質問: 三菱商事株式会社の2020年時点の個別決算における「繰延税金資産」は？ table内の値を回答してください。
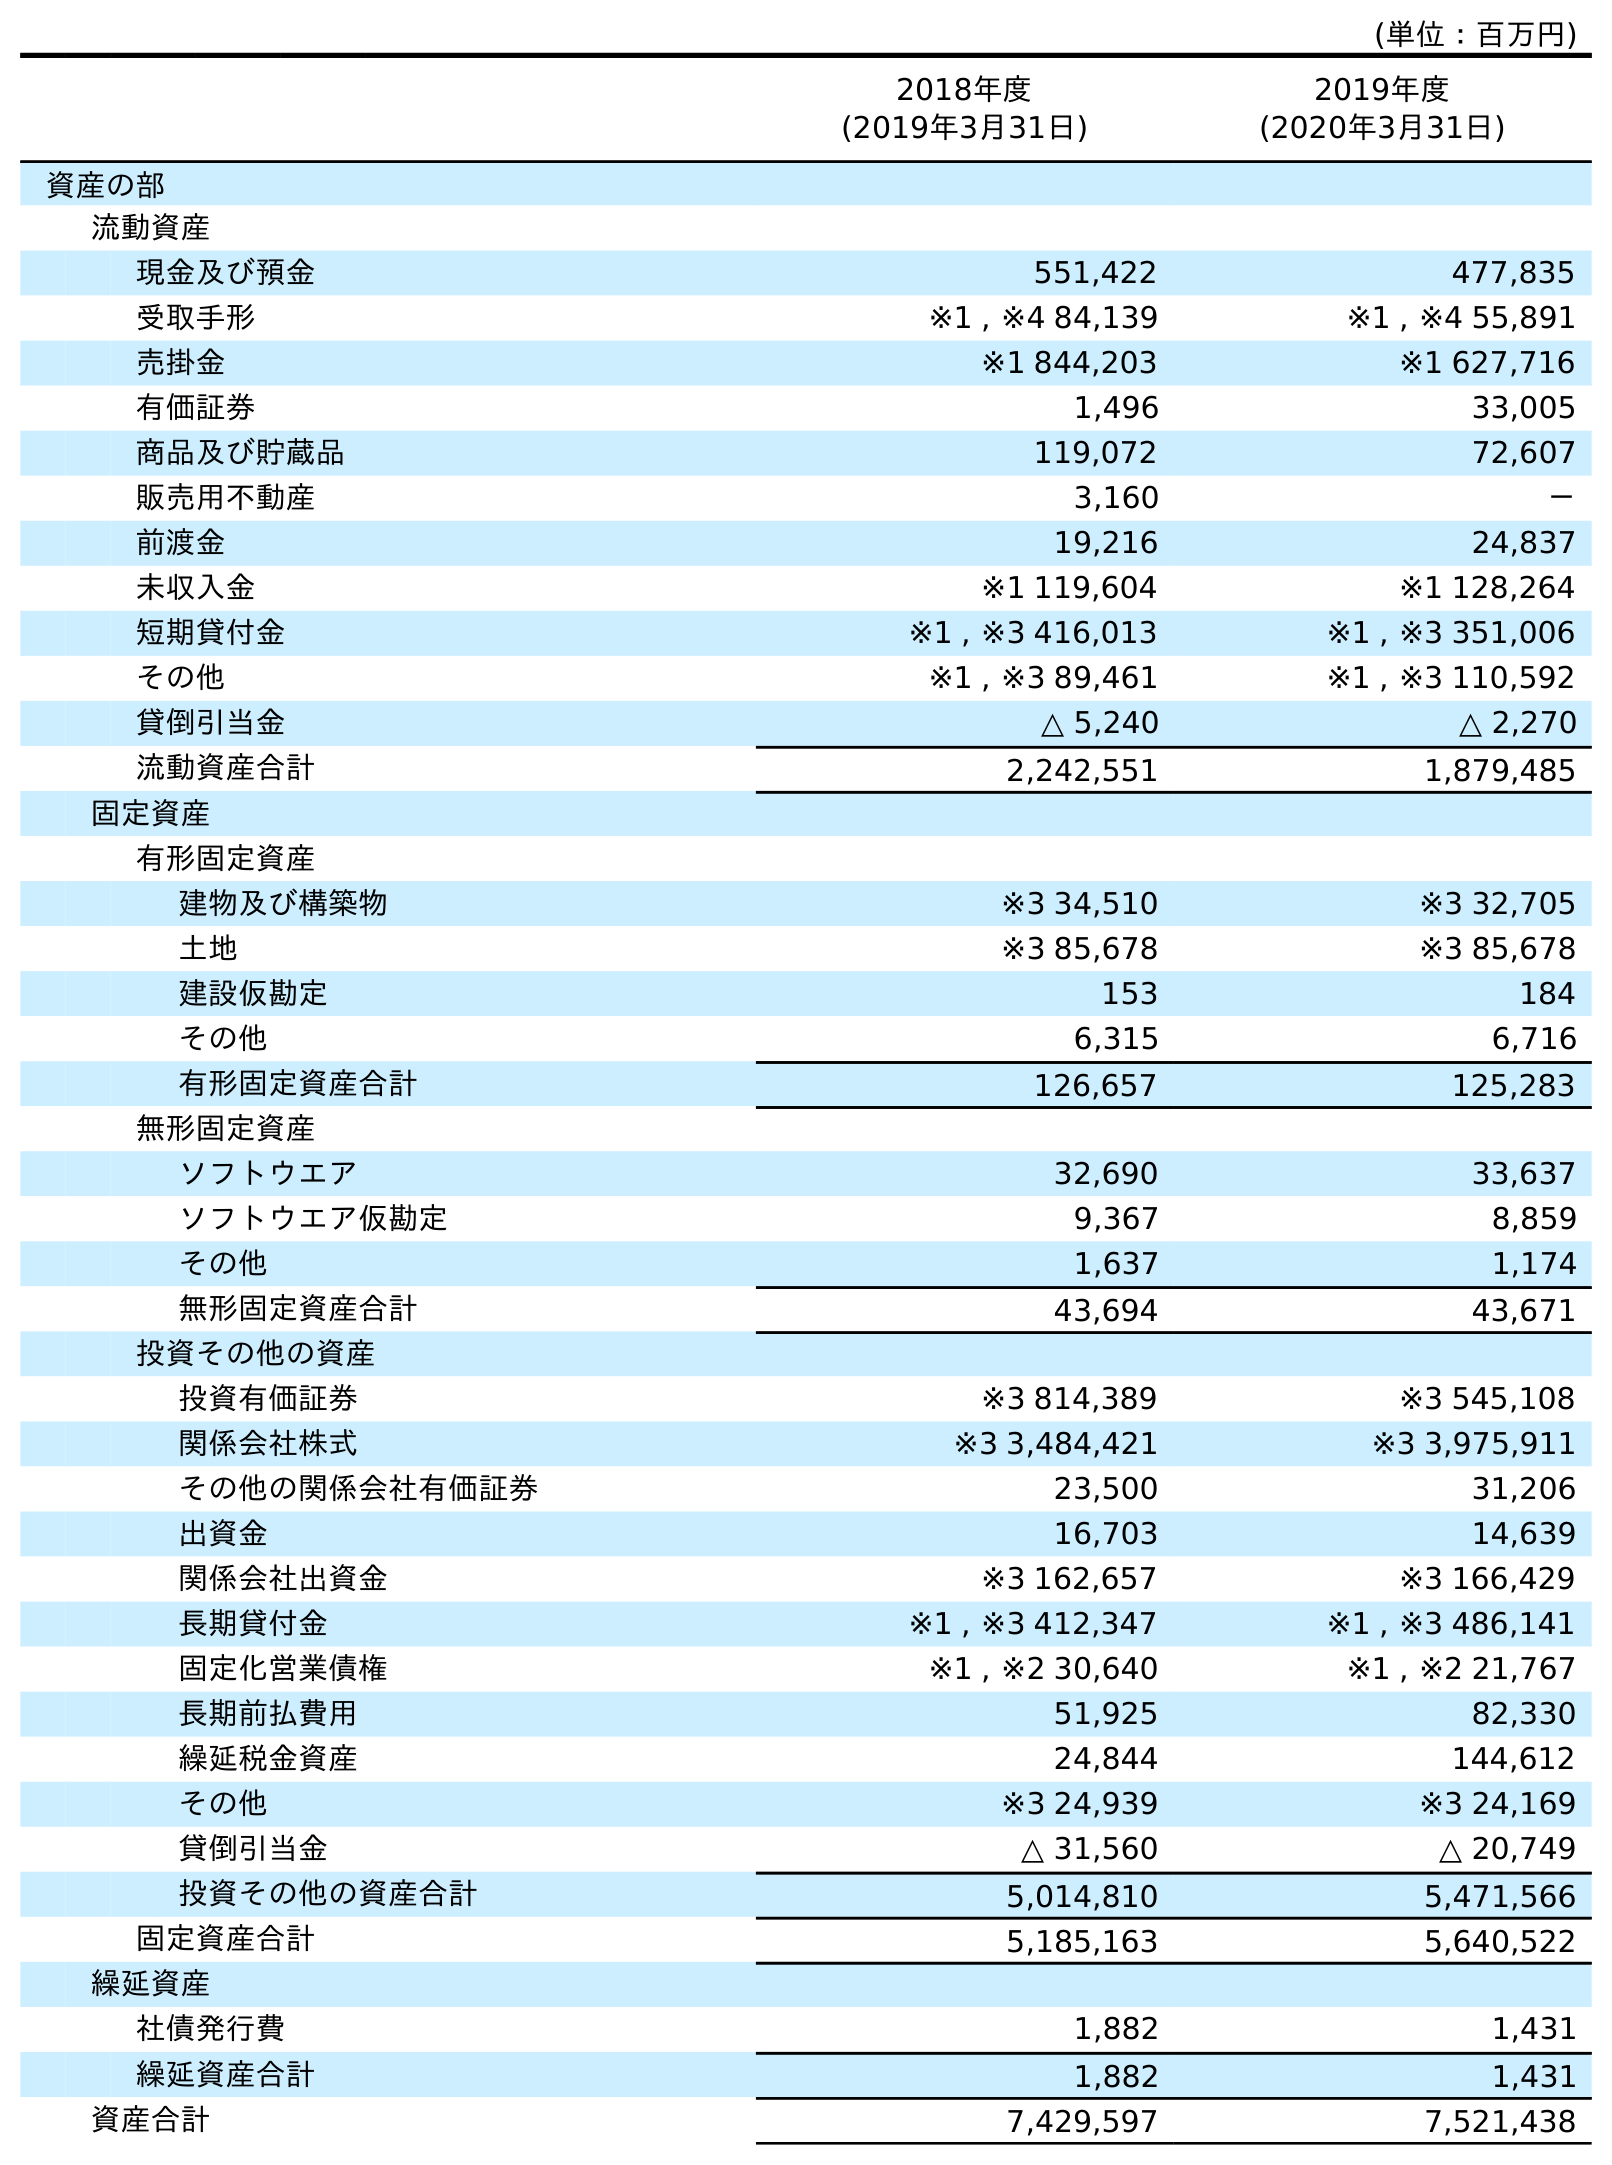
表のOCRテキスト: (単位：百万円) 2018年度 (2019年3月31日) 2019年度 (2020年3月31日) 資産の部 流動資産 現金及び預金 551,422 477,835 受取手形 ※1 , ※4 84,139 ※1 , ※4 55,891 売掛金 ※1 844,203 ※1 627,716 有価証券 1,496 33,005 商品及び貯蔵品 119,072 72,607 販売用不動産 3,160 － 前渡金 19,216 24,837 未収入金 ※1 119,604 ※1 128,264 短期貸付金 ※1 , ※3 416,013 ※1 , ※3 351,006 その他 ※1 , ※3 89,461 ※1 , ※3 110,592 貸倒引当金 △ 5,240 △ 2,270 流動資産合計 2,242,551 1,879,485 固定資産 有形固定資産 建物及び構築物 ※3 34,510 ※3 32,705 土地 ※3 85,678 ※3 85,678 建設仮勘定 153 184 その他 6,315 6,716 有形固定資産合計 126,657 125,283 無形固定資産 ソフトウエア 32,690 33,637 ソフトウエア仮勘定 9,367 8,859 その他 1,637 1,174 無形固定資産合計 43,694 43,671 投資その他の資産 投資有価証券 ※3 814,389 ※3 545,108 関係会社株式 ※3 3,484,421 ※3 3,975,911 その他の関係会社有価証券 23,500 31,206 出資金 16,703 14,639 関係会社出資金 ※3 162,657 ※3 166,429 長期貸付金 ※1 , ※3 412,347 ※1 , ※3 486,141 固定化営業債権 ※1 , ※2 30,640 ※1 , ※2 21,767 長期前払費用 51,925 82,330 繰延税金資産 24,844 144,612 その他 ※3 24,939 ※3 24,169 貸倒引当金 △ 31,560 △ 20,749 投資その他の資産合計 5,014,810 5,471,566 固定資産合計 5,185,163 5,640,522 繰延資産 社債発行費 1,882 1,431 繰延資産合計 1,882 1,431 資産合計 7,429,597 7,521,438
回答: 144,612